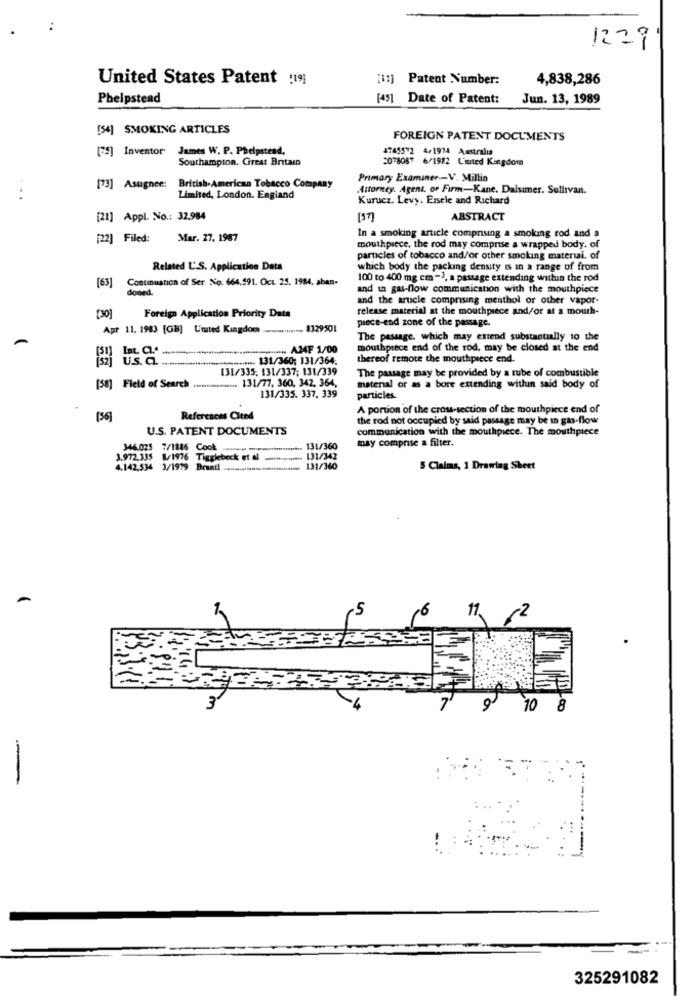
1229
United States Patent :19]
[11] Patent Number:
4,838,286
Phelpstead
[45] Date of Patent:
Jun. 13, 1989
[54] SMOKING ARTICLES
FOREIGN PATENT DOCUMENTS
[75] Inventor James W. P. Phelpstend.
4745572 5/1914 Australia
Southampton. Great Britain
2078087 6/1922 L'iuted Kingdom
Primary Examiner -V. Millin
[73] Asugnee:
British-American Tobacco Company
Attorney. Agent. or Firm-Kane. Dalsumer. Sullivan.
...
Limited, London. England
Kurucz. Levy. Ezsele and Richard
[21] Appl. No .: 32.984
[37]
ABSTRACT
In a smoking article comprising a smoking rod and a
[22] Filed:
Mar. 27. 1987
mouthpiece, the rod may comprise a wrapped body. of
particles of tobacco and/or other smoking materiai. of
Related U.S. Application Data
which body the packing density is in a range of from
[63]
Contmuanon of Ser. No. 664.591. Oct. 25. 1984, aban-
100 to 400 mg em -), a passage extending within the rod
doned.
and un gas-flow communication with the mouthpiece
and the arucle comprising menthol or other vapor-
release material at the mouthpiece and/or at a mouth-
[30]
Foreign Application Priority Data
piece-end zone of the passage.
Apr 11. 1983 [GB] L'mited Kingdom
na .... 8329501
The passage. which may extend substantially to the
...... A24F 1/00
mouthpiece end of the rod, may be closed at the end
U.s. a.
L
....... 131/360; 131/364.
thereof remote the mouthpiece end.
131/335, 131/337; 131/339
The passage may be provided by a tube of combustible
131/77, 360, 342, 364,
[58] Field of Search .
matenal or as a bore extending within said body of
131/335. 337. 339
particles.
A portion of the crow-section of the mouthpiece end of
(56]
References Cited
the rod not occupied by said passage may be in gas-flow
U.S. PATENT DOCUMENTS
communication with the mouthpiece. The mouthpiece
may comprise a filter.
346.025 7/1846 Cook ......... .......................
.. 131/360
3.972.335 8/1976 Tigglebeck et al ........... 131/342
4.142,534 3/1979 Brantl ......................
. 131/360
5 Claims, 1 Drawing Sheet
-5
11.
-2
9
10
8
325291082